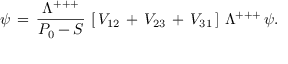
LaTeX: \psi \, = \, { \frac { \Lambda ^ { + + + } } { P _ { 0 } - S } } \, \left[ \, V _ { 1 2 } \, + \, V _ { 2 3 } \, + \, V _ { 3 1 } \, \right] \, \Lambda ^ { + + + } \, \psi .